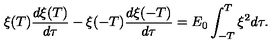
\xi ( T ) \frac { d \xi ( T ) } { d \tau } - \xi ( - T ) \frac { d \xi ( - T ) } { d \tau } = E _ { 0 } \int _ { - T } ^ { T } \xi ^ { 2 } d \tau .